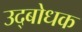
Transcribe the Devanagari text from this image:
उद्‍बोधक